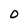
Character: 0